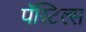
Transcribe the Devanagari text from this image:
पॅस्टिल्स